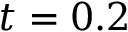
t = 0 . 2